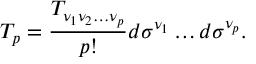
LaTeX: T _ { p } = { \frac { T _ { \nu _ { 1 } \nu _ { 2 } \ldots \nu _ { p } } } { p ! } } d \sigma ^ { \nu _ { 1 } } \ldots d \sigma ^ { \nu _ { p } } .